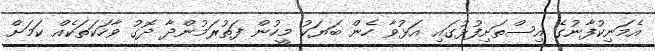
އެމަނިކުފާނުގެ އިސްތަށިފުޅުގައި އަޅުވާ ހެން ބަޔަކު މީހުން ފަތުރަމުންދާ ދޮގު ވާހަކަތަކެއް ކަމަށް